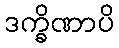
ဒက္ခိဏာပိ